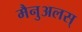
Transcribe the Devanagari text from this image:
मैनुअलस्